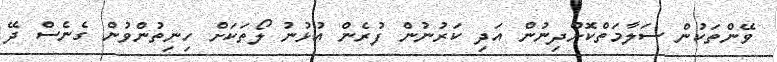
ވޭންތަކުން ސަލާމަތްކޮށްދިނުން އަދި ކަރުނުން ފުރެން އުޅުނު ލޯތަކަށް ހިނިތުންވުން ގެނެސް ދޭ